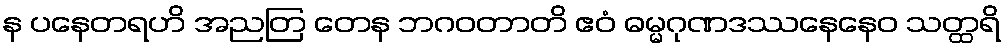
န ပနေတရဟိ အညတြ တေန ဘဂဝတာတိ ဧဝံ ဓမ္မဂုဏဒဿနေနေဝ သတ္ထရိ